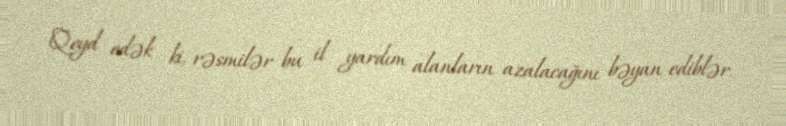
Qeyd edək ki, rəsmilər bu il yardım alanların azalacağını bəyan ediblər.